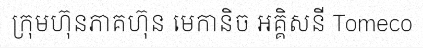
ក្រុមហ៊ុនភាគហ៊ុន មេកានិច អគ្គិសនី Tomeco